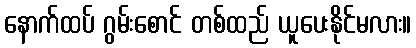
နောက်ထပ် ဂွမ်းစောင် တစ်ထည် ယူပေးနိုင်မလား။